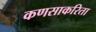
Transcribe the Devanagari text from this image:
कणसाकरिता